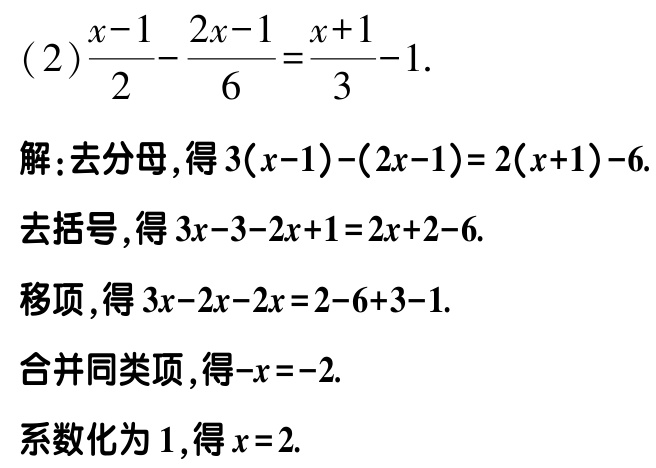
(2)\(\frac{x - 1}{2}-\frac{2x - 1}{6}=\frac{x + 1}{3}-1\).

解：去分母，得\(3(x - 1)-(2x - 1)=2(x + 1)-6\).

去括号，得\(3x - 3-2x + 1=2x + 2-6\).

移项，得\(3x - 2x-2x=2-6 + 3-1\).

合并同类项，得\(-x=-2\).

系数化为\(1\)，得\(x = 2\).